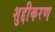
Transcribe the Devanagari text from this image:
शुद्दीकरण